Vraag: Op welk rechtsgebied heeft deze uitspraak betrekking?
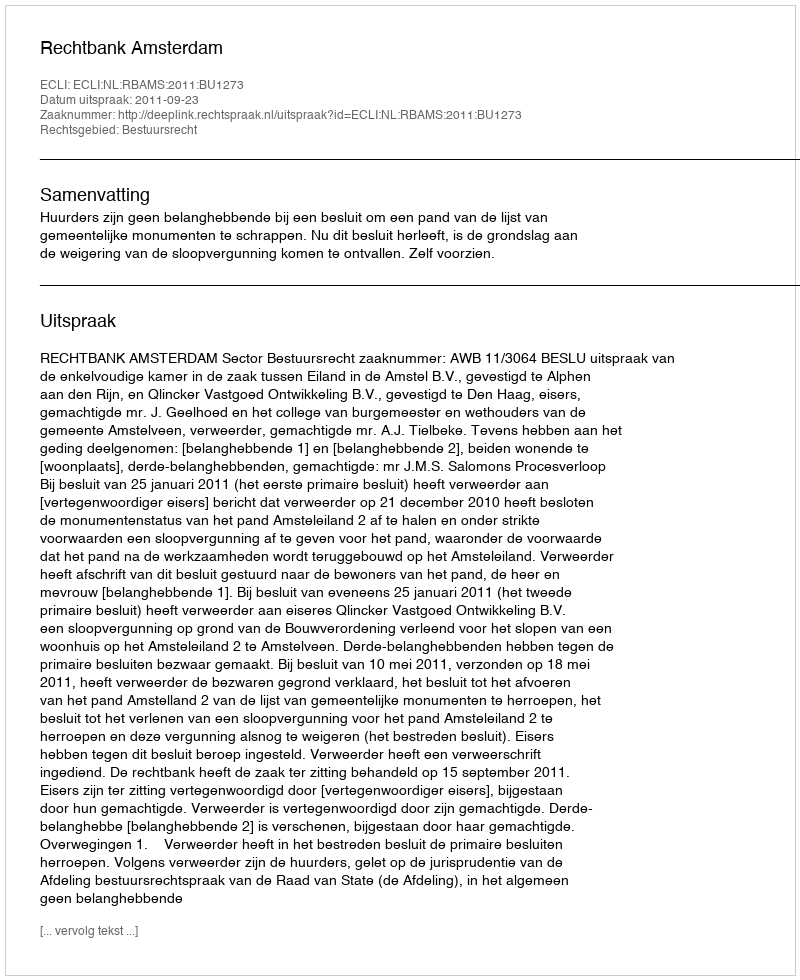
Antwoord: Bestuursrecht